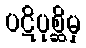
ပဋိပုစ္ဆိမှ